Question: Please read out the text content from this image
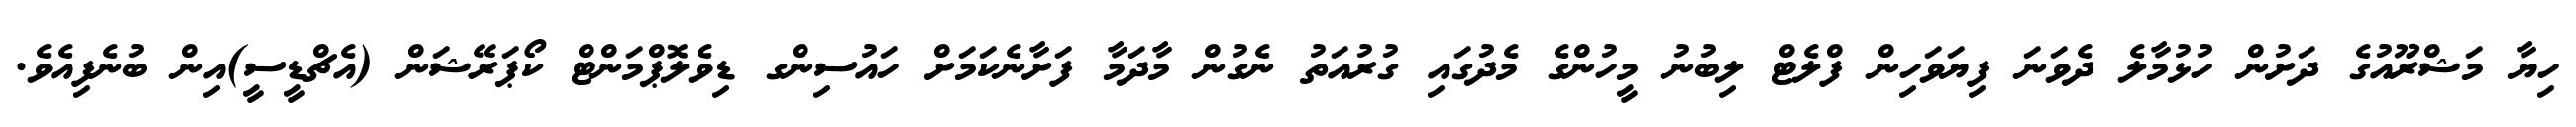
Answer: ހިޔާ މަޝްރޫއުގެ ދަށުން ހުޅުމާލެ ދެވަނަ ފިޔަވަހިން ފްލެޓް ލިބުނު މީހުންގެ މެދުގައި ގުރުއަތު ނެގުން މާދަމާ ފަށާނެކަމަށް ހައުސިންގ ޑިވެލޮޕްމަންޓް ކޯޕަރޭޝަން (އެޗްޑީސީ)އިން ބުނެފިއެވެ.